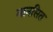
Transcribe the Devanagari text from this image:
मानसित